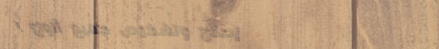
إصلاح وتشخيص جميع أنواع ا